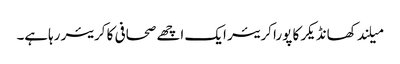
میلند کھانڈیکر کا پورا کریئر ایک اچھے صحافی کا کریئر رہاہے۔